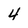
Character: 4